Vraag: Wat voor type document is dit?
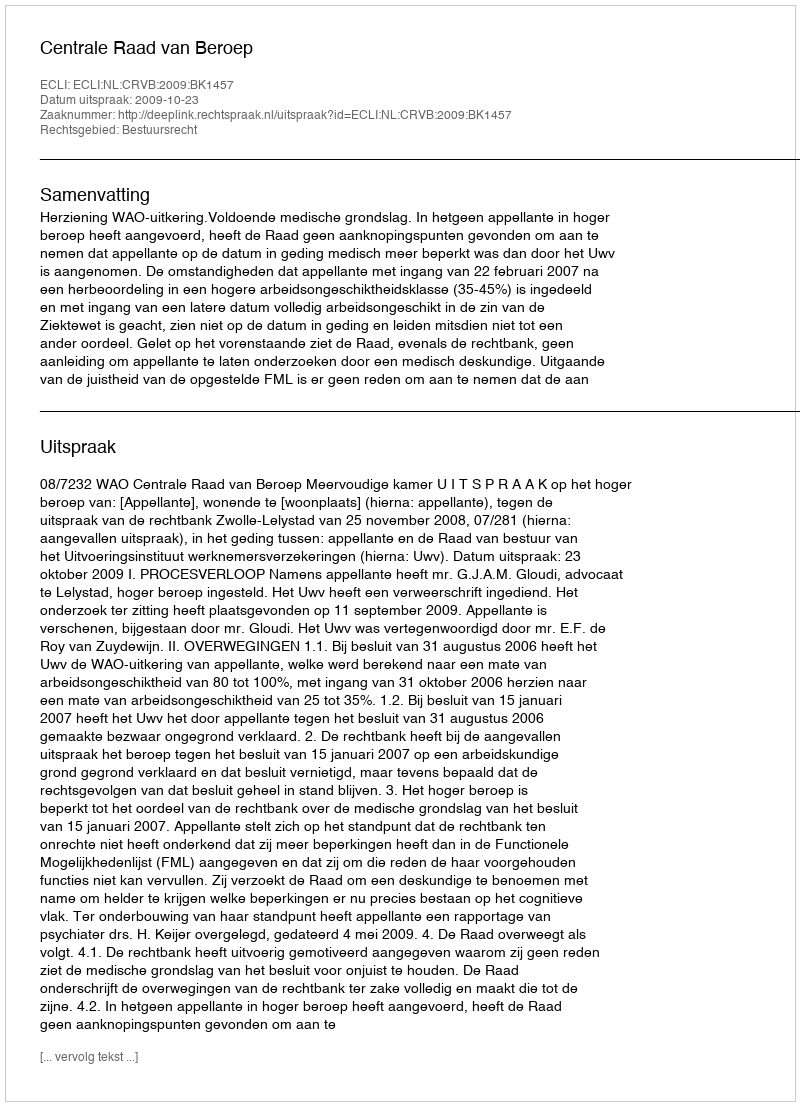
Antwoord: Uitspraak